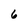
Character: 6